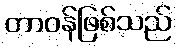
တာဝန်ဖြစ်သည်